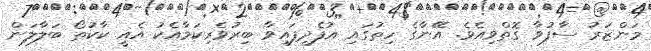
މަންޒަރު ސާފުވާ ގޮތްވިއެވެ. އޭނާގެ ހިތުގައި އުފެދިފައިވާ ބިރުވެރިކަމާއެކު އެއީ ކާކުތޯ ބަލާލަން